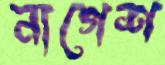
নাগেশ